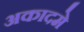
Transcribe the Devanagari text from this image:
अकादमे